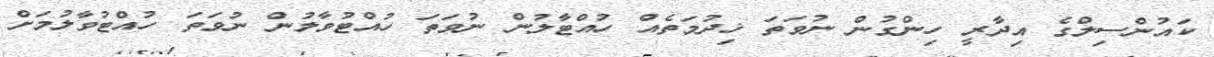
ކައުންސިލްގެ އިދާރީ ހިންގުން ނުވަތަ ޚިދުމަތެއް ހުއްޓާލުން ނުވަތަ ހުއްޓުވާލުން ނުވަތަ ހުއްޓުވާލުމަށް